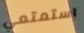
استمتعي